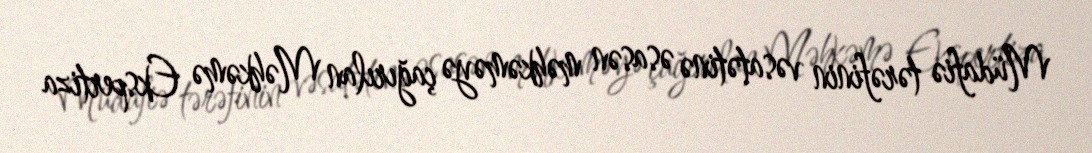
Müdafiə tərəfinin vəsatətinə əsasən məhkəməyə çağırılan Məhkəmə Ekspertiza